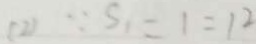
( 2 ) \because S _ { 1 } = 1 = 1 2